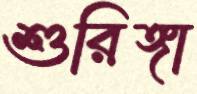
শুরিঙ্গা